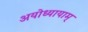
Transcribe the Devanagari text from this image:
अयोध्यायाम्